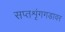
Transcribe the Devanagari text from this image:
सप्तशृंगगडावर